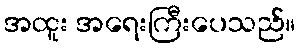
အထူး အရေးကြီးပေသည်။